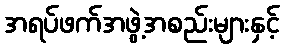
အရပ်ဖက်အဖွဲ့အစည်းများနှင့်